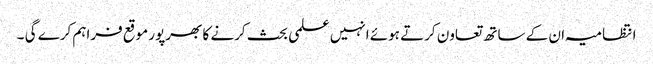
انتظامیہ ان کے ساتھ تعاون کرتے ہوئے انہیں علمی بحث کرنے کا بھرپور موقع فراہم کرے گی ۔